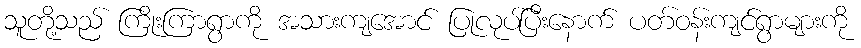
သူတို့သည် ကြိုးကြာရွာကို အသားကျအောင် ပြုလုပ်ပြီးနောက် ပတ်ဝန်းကျင်ရွာများကို